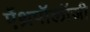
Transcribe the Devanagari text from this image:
ऐंथ्रपॉलॉजी